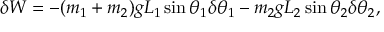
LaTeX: \delta W = - ( m _ { 1 } + m _ { 2 } ) g L _ { 1 } \sin \theta _ { 1 } \delta \theta _ { 1 } - m _ { 2 } g L _ { 2 } \sin \theta _ { 2 } \delta \theta _ { 2 } ,